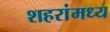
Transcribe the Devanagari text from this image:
शहरांमध्य